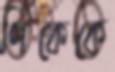
পিকেকে